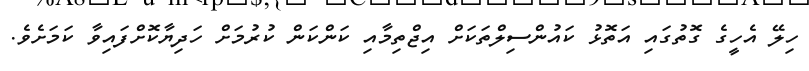
ހިލޭ އެހީގެ ގޮތުގައި އަތޮޅު ކައުންސިލްތަކަށް އިޖްތިމާއި ކަންކަން ކުރުމަށް ހަދިޔާކޮށްފައިވާ ކަމަށެވެ.